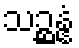
သဉ္ဆန္နံ